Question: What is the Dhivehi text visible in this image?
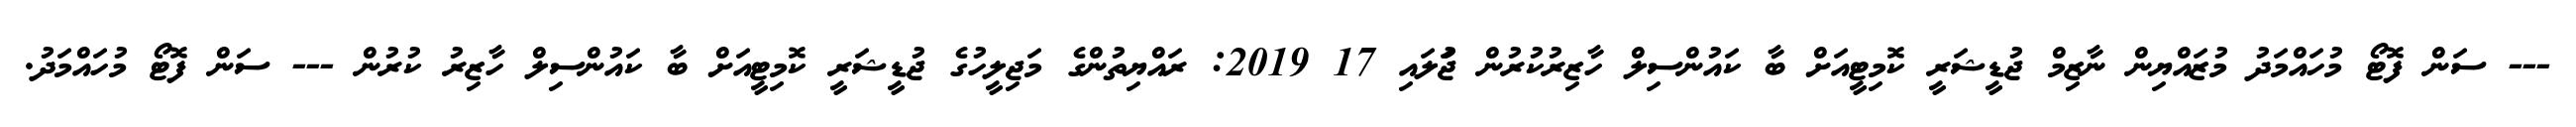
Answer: --- ސަން ފޮޓޯ މުހައްމަދު މުޒައްޔިން ނާޒިމް ޖުޑީޝަރީ ކޮމިޓީއަށް ބާ ކައުންސިލް ހާޒިރުކުރުން ޖުަލައި 17 2019: ރައްޔިތުންގެ މަޖިލީހުގެ ޖުޑީޝަރީ ކޮމިޓީއަށް ބާ ކައުންސިލް ހާޒިރު ކުރުން --- ސަން ފޮޓޯ މުހައްމަދު.